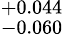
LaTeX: ^{+0.044}_{-0.060}